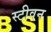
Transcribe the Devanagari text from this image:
स्‍टीवन